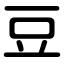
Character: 豆